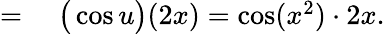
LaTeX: \begin{array}{rl}{={}}&{{}{\big(}\cos u{\big)}(2x)=\cos(x^{2})\cdot 2x.}\end{array}